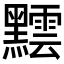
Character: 𪒝